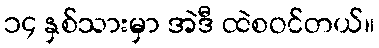
၁၄ နှစ်သားမှာ အဲဒီ ထဲစဝင်တယ်။